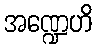
အဏ္ဍေဟိ